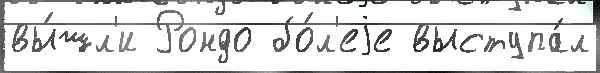
вы́шл'и Рондо бо́л'еjе выступа́л